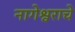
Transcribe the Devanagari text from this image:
नागेेश्वराचे